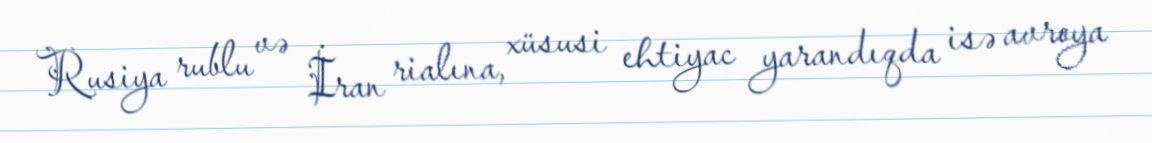
Rusiya rublu və İran rialına, xüsusi ehtiyac yarandıqda isə avroya